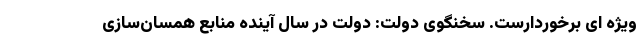
ویژه ای برخوردارست. سخنگوی دولت: دولت در سال آینده منابع همسان‌سازی